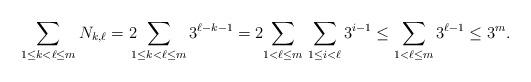
LaTeX: \begin{align*}\sum_{1\leq k < \ell \leq m} N_{k,\ell} = 2\!\!\!\sum_{1\leq k < \ell \leq m} 3^{\ell - k - 1} = 2\!\sum_{1 < \ell \leq m}\, \sum_{1\leq i < \ell} 3^{i - 1} \leq \sum_{1 < \ell \leq m} 3^{\ell - 1} \leq 3^{m}.\end{align*}